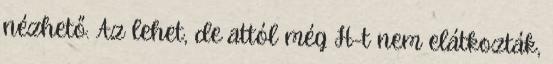
nézhető. Az lehet, de attól még H-t nem elátkozták,